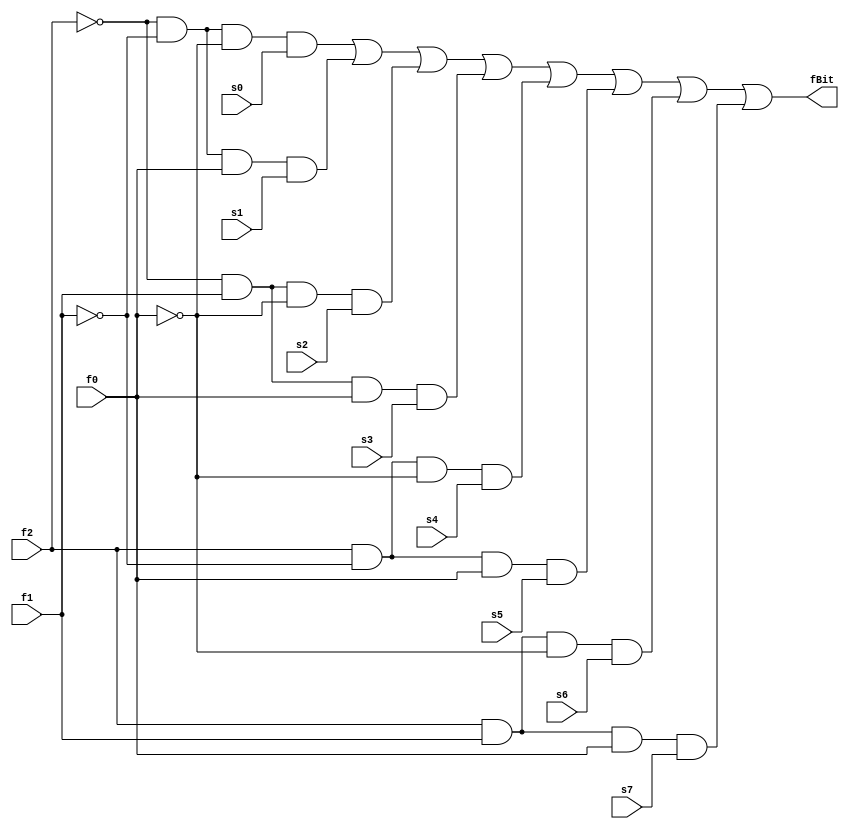
module mux8to1(f2,f1,f0,fBit,s7,s6,s5,s4,s3,s2,s1,s0);
input f2,f1,f0,s0,s1,s2,s3,s4,s5,s6,s7;
output fBit;
wire f2N,f1N,f0N,w0,w1,w2,w3,w4,w5,w6,w7;
not n1(f0N,f0);
not n2(f1N,f1);
not n3(f2N,f2);
and a0(w0,f2N,f1N,f0N,s0);
and a1(w1,f2N,f1N,f0,s1);
and a2(w2,f2N,f1,f0N,s2);
and a3(w3,f2N,f1,f0,s3);
and a4(w4,f2,f1N,f0N,s4);
and a5(w5,f2,f1N,f0,s5);
and a6(w6,f2,f1,f0N,s6);
and a7(w7,f2,f1,f0,s7);
or o1(fBit,w0,w1,w2,w3,w4,w5,w6,w7);
endmodule

module mux8to1_4bit(f2,f1,f0,fBit,s7,s6,s5,s4,s3,s2,s1,s0);
input [3:0] s0,s1,s2,s3,s4,s5,s6,s7;
input f2,f1,f0;
output [3:0] fBit;

mux8to1 m1(f2,f1,f0,fBit[0],s7[0],s6[0],s5[0],s4[0],s3[0],s2[0],s1[0],s0[0]);
mux8to1 m2(f2,f1,f0,fBit[1],s7[1],s6[1],s5[1],s4[1],s3[1],s2[1],s1[1],s0[1]);
mux8to1 m3(f2,f1,f0,fBit[2],s7[2],s6[2],s5[2],s4[2],s3[2],s2[2],s1[2],s0[2]);
mux8to1 m4(f2,f1,f0,fBit[3],s7[3],s6[3],s5[3],s4[3],s3[3],s2[3],s1[3],s0[3]);
endmodule

module main;
reg f2,f1,f0;
reg [3:0] s0=0,s1=1,s2=2,s3=3,s4=4,s5=5,s6=6,s7=7;
wire [3:0] fBit;
mux8to1_4bit m1(f2,f1,f0,fBit,s7,s6,s5,s4,s3,s2,s1,s0);
  initial 
    begin
    $monitor("s0 = %d s1 = %d s2 = %d s3 = %d s4 = %d s5 = %d s6 = %d s7 = %d, f2 = %d f1 = %d f0 = %d, fBit = %d",s0,s1,s2,s3,s4,s5,s6,s7,f2,f1,f0,fBit);
     f2=0;f1=0;f0=0;
     #1
     f2=0;f1=1;f0=1;
    end
endmodule